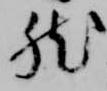
然